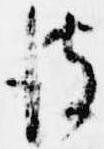
彼